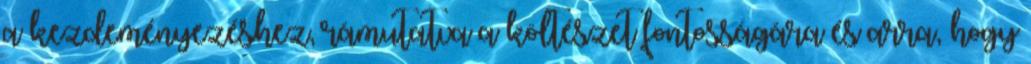
a kezdeményezéshez, rámutatva a költészet fontosságára és arra, hogy